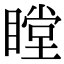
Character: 瞠